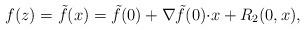
LaTeX: \begin{align*}f(z)=\tilde{f}(x)=\tilde{f}(0)+\nabla \tilde{f}(0)\mathbf{\cdot} x+ R_2(0,x),\end{align*}